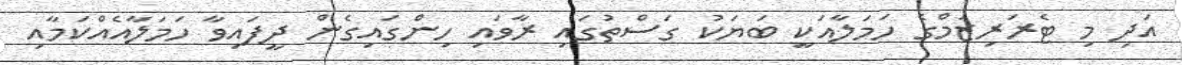
އަދި މި ޓެރަރިޒަމްގެ ހަމަލާއަކީ ބަޔަކު ގަސްތުގައި ރާވައި ހިންގައިގެން ދީފައިވާ ހަމަލާއެއްކަމާއި